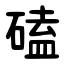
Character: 磕